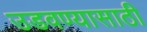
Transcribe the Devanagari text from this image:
उडवण्यासाठी